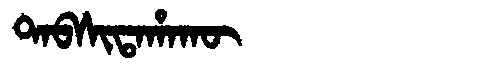
Manchu: ᡨᠠᠪᠰᡳᡨᠠᡥᠠᡴᡡ
Romanization: TABSITAHAKŪ